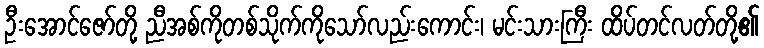
ဦးအောင်ဇော်တို့ ညီအစ်ကိုတစ်သိုက်ကိုသော်လည်းကောင်း၊ မင်းသားကြီး ထိပ်တင်လတ်တို့၏